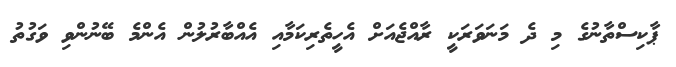
ޕާކިސްތާނުގެ މި ދެ މަނަވަރަކީ ރާއްޖެއަށް އެހީތެރިކަމާއި އެއްބާރުލުން އެންމެ ބޭނުންވި ވަގުތު